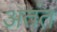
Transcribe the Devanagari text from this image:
अतंत